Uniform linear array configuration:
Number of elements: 48
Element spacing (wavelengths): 1
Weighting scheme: binomial
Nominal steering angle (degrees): -30
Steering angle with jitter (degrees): -31.977
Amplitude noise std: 0.05
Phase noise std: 0.05

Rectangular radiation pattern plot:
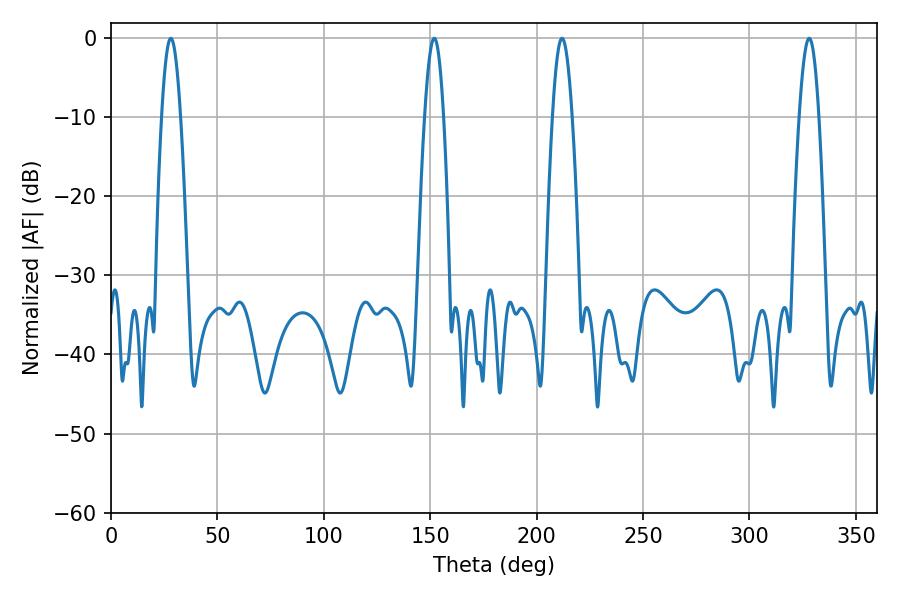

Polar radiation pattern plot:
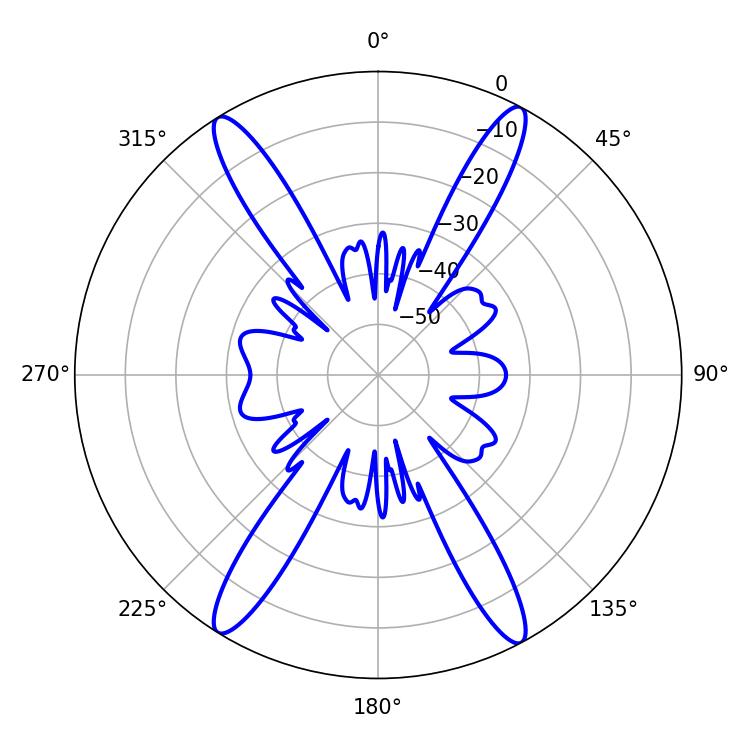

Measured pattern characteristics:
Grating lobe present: TRUE
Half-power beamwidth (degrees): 4.86
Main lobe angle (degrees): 28.08